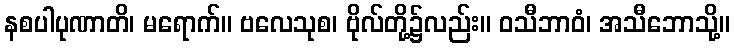
နစပါပုဏာတိ၊ မရောက်။ ဗလေသုစ၊ ဗိုလ်တို့၌လည်း။ ဝသီဘာဝံ၊ အသီဘောသို့။